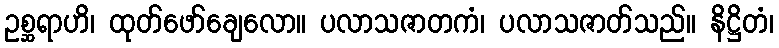
ဥစ္ဆရာဟိ၊ ထုတ်ဖော်ချေလော။ ပလာသဇာတကံ၊ ပလာသဇာတ်သည်။ နိဋ္ဌိတံ၊